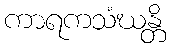
ကာရကသံဃန္တိ